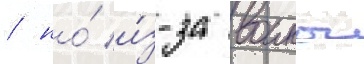
/ но́ и́з-за воины